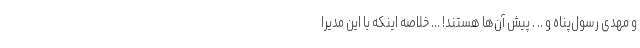
و مهدی رسول‌پناه و .. . پیش آن‌ها هستند! ... خلاصه اینکه با این مدیرا